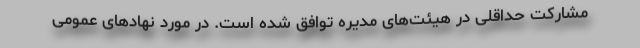
مشارکت حداقلی در هیئت‌های مدیره توافق شده است. در مورد نهادهای عمومی